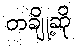
တချို့ဆို